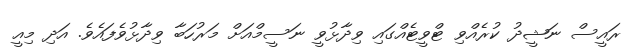
ރައީސް ނަޝީދު ކުރެއްވި ޓްވީޓެއްގައި ވިދާޅުވީ ނަސީމްއަށް މަރުހަބާ ވިދާޅުވެފައެވެ. އަދި މިއީ